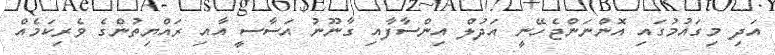
އަދި މިގައުމުގައި އޮންނަންޖެހޭނީ އަދުލް އިންސާފާއި ގާނޫނު އަސާސީ އާއި ރައްޔިތުންގެ ވެރިކަމެއް